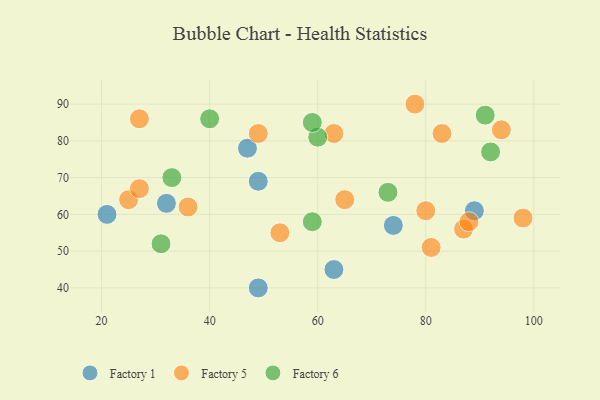
{"axis": {"x": "GDP", "y": "Life Expectancy"}, "legend": ["Factory 1", "Factory 5", "Factory 6"], "data": [{"x": "49", "y": 69, "type": "Factory 1"}, {"x": "47", "y": 78, "type": "Factory 1"}, {"x": "49", "y": 40, "type": "Factory 1"}, {"x": "89", "y": 61, "type": "Factory 1"}, {"x": "63", "y": 45, "type": "Factory 1"}, {"x": "21", "y": 60, "type": "Factory 1"}, {"x": "74", "y": 57, "type": "Factory 1"}, {"x": "32", "y": 63, "type": "Factory 1"}, {"x": "27", "y": 86, "type": "Factory 5"}, {"x": "94", "y": 83, "type": "Factory 5"}, {"x": "83", "y": 82, "type": "Factory 5"}, {"x": "25", "y": 64, "type": "Factory 5"}, {"x": "87", "y": 56, "type": "Factory 5"}, {"x": "27", "y": 67, "type": "Factory 5"}, {"x": "78", "y": 90, "type": "Factory 5"}, {"x": "88", "y": 58, "type": "Factory 5"}, {"x": "80", "y": 61, "type": "Factory 5"}, {"x": "49", "y": 82, "type": "Factory 5"}, {"x": "63", "y": 82, "type": "Factory 5"}, {"x": "98", "y": 59, "type": "Factory 5"}, {"x": "65", "y": 64, "type": "Factory 5"}, {"x": "36", "y": 62, "type": "Factory 5"}, {"x": "53", "y": 55, "type": "Factory 5"}, {"x": "81", "y": 51, "type": "Factory 5"}, {"x": "73", "y": 66, "type": "Factory 6"}, {"x": "40", "y": 86, "type": "Factory 6"}, {"x": "33", "y": 70, "type": "Factory 6"}, {"x": "60", "y": 81, "type": "Factory 6"}, {"x": "92", "y": 77, "type": "Factory 6"}, {"x": "59", "y": 58, "type": "Factory 6"}, {"x": "31", "y": 52, "type": "Factory 6"}, {"x": "59", "y": 85, "type": "Factory 6"}, {"x": "91", "y": 87, "type": "Factory 6"}]}